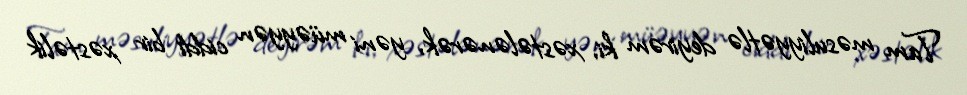
Tam məsuliyyətlə deyirəm ki, xəstələnərək, yəni müəyyən ciddi bir xəstəlik